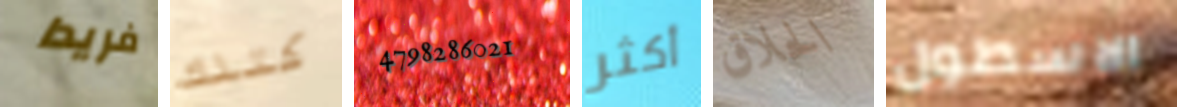
فريدا كتلك 4798286021 أكثر الحلاق الاسطول